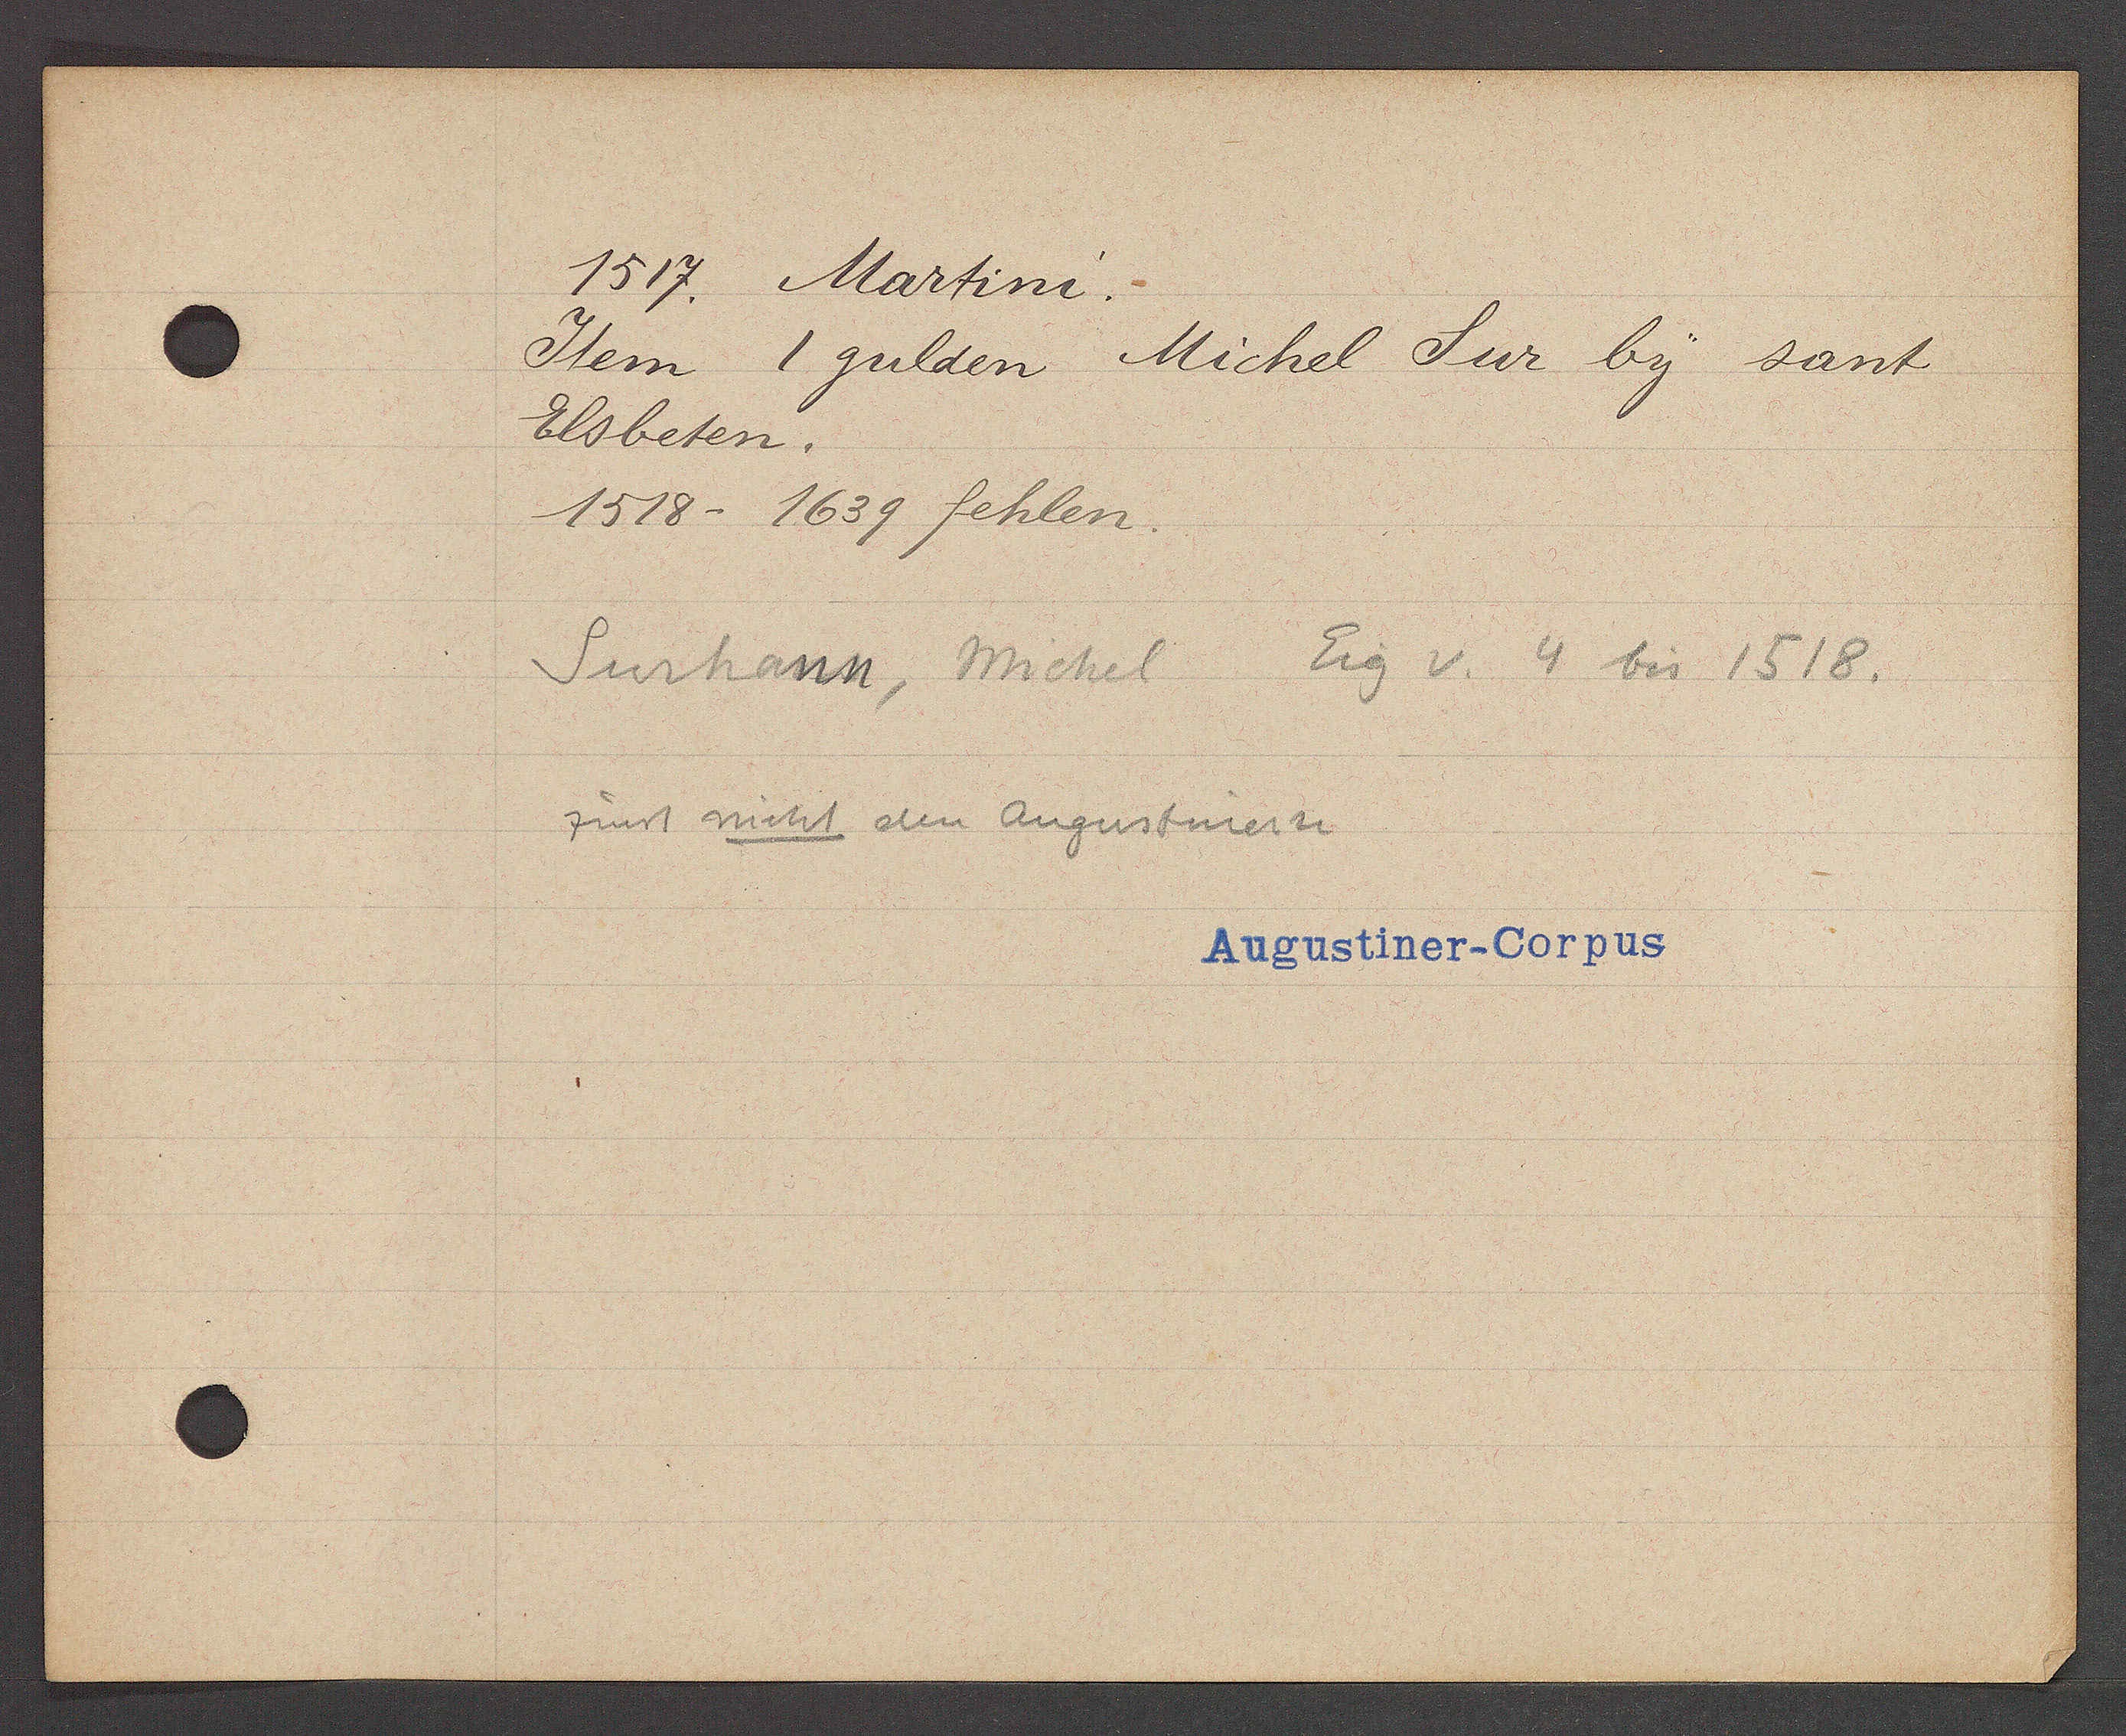
Transcript:
1517. Martini.

Item 1 gulden
Michel Sur by sant
Elsbeten.
1518-1639 fehlen.

Surhann, Michel Eig v. 4 bis 1518.
zinst nicht den Augustinern

Augustiner-Corpus